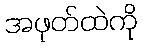
အဖုတ်ထဲကို